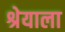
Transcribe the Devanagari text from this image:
श्रेयाला